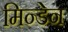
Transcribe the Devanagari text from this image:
मिन्डेन